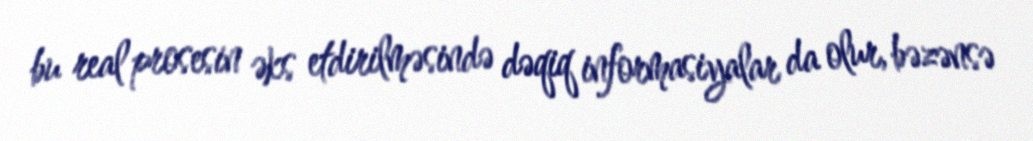
bu real prosesin əks etdirilməsində dəqiq informasiyalar da olur, bəzənsə